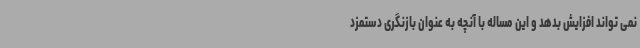
نمی تواند افزایش بدهد و این مساله با آنچه به عنوان بازنگری دستمزد